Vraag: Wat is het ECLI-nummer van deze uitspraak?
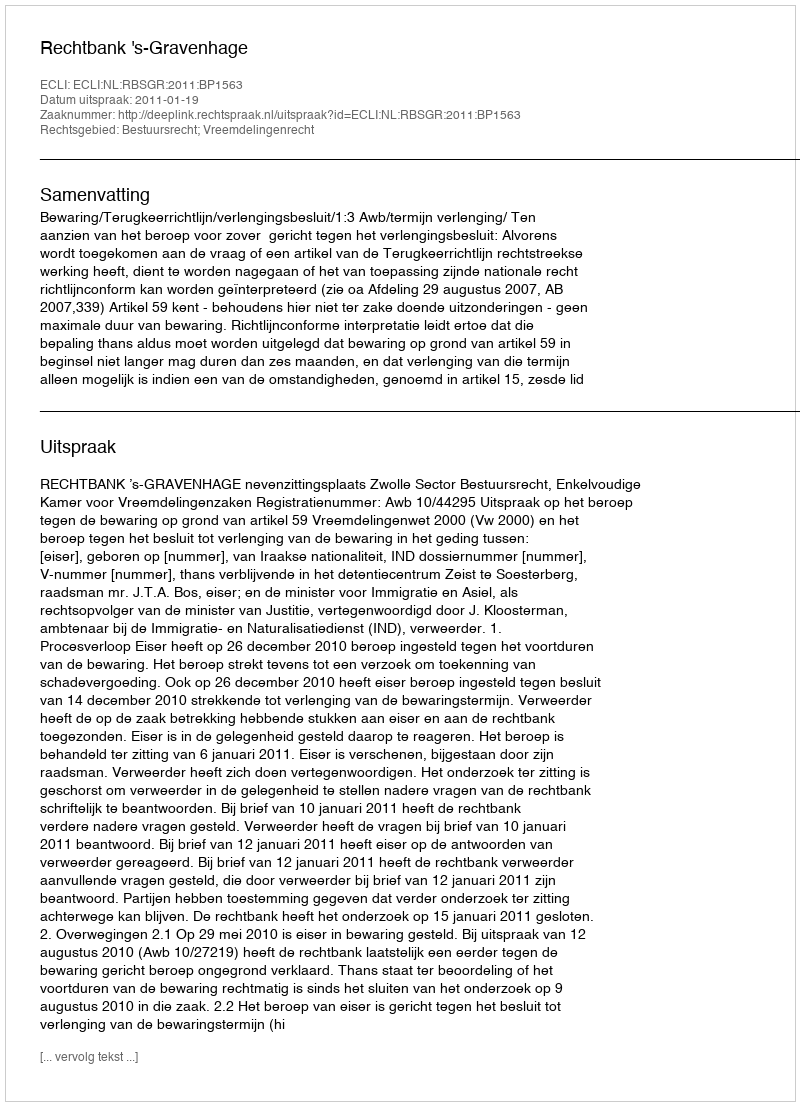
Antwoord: ECLI:NL:RBSGR:2011:BP1563